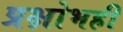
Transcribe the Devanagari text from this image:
प्रक्षोभही